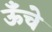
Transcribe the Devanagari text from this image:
ऊॅंचे